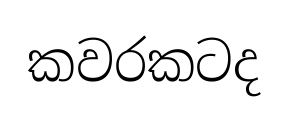
කවරකටද